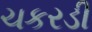
ચકરડી